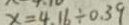
x = 4 . 1 6 \div 0 . 3 9